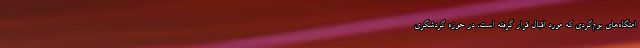
امتگاه‌های بوم‌گردی که مورد اقبال قرار گرفته است، در حوزه گردشگری